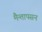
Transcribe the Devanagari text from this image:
मैन्तापसन